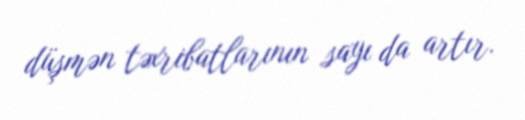
düşmən təxribatlarının sayı da artır.